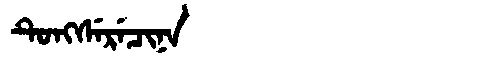
Manchu: ᡨᡠᠩᠰᡝᡵᡝᠴᡳᠨᠠ
Romanization: TUNGSERECINA